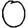
Digit: 0